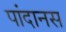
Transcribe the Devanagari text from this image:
पांदानस